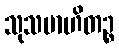
သုသမာဟိတဉ္စ